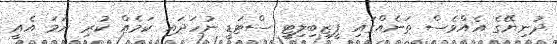
ދުނިޔޭގެ އެއްވެސް ތަނެއްގައި ފީޒިބިލިޓީ ސްޓަޑީ ނުހަދައި ކަމެއް ކުރި ނަމަ އެއީ